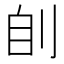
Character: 𰄩